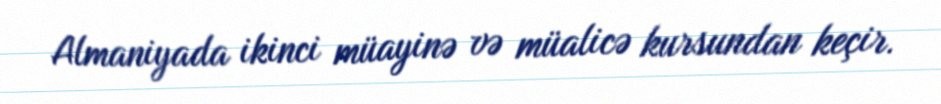
Almaniyada ikinci müayinə və müalicə kursundan keçir.